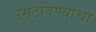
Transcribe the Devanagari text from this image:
उमटविण्याचा